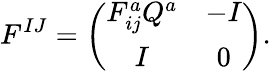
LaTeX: F^{IJ}=\left(\begin{array}{cc}{{F_{ij}^{a}Q^{a}}}&{{-I}}\\ {{I}}&{{0}}\end{array}\right).